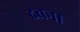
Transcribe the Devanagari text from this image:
दबना